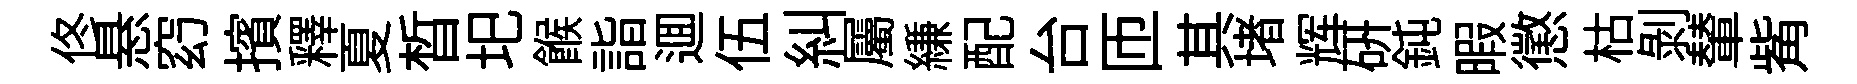
佟悬𥥆擯釋夏晳圯餱詣逥伍糾屬縑配台匝其堵辉研鈍暇懲枯剝輦觜